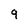
Character: 9